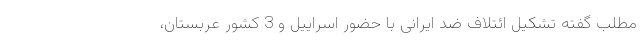
مطلب گفته تشکیل ائتلاف ضد ایرانی با حضور اسراییل و 3 کشور عربستان،